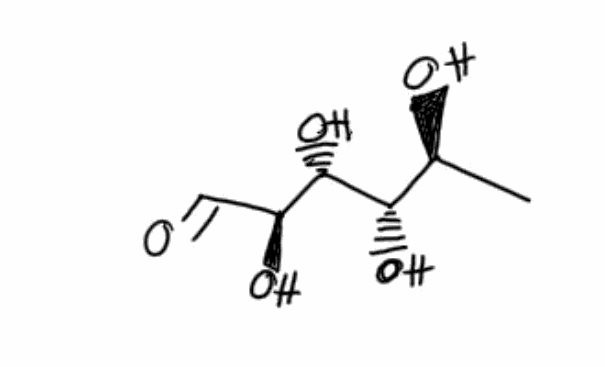
Simplified molecular-input line-entry system (SMILES) notation of the given molecule:
C[C@@H]([C@@H]([C@H]([C@H](C=O)O)O)O)O